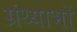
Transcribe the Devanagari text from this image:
ग्रंथ्याभों